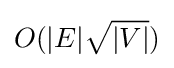
O(|E|{\sqrt {|V|}})